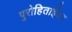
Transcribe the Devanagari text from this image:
पुरोहिताईका